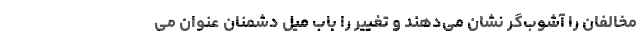
مخالفان را آشوب‌گر نشان می‌دهند و تغییر را باب میل دشمنان عنوان می‌